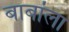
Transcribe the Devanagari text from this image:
बाबांला